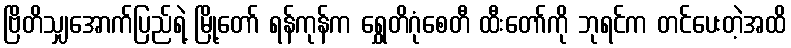
ဗြိတိသျှအောက်ပြည်ရဲ့ မြို့တော် ရန်ကုန်က ရွှေတိဂုံစေတီ ထီးတော်ကို ဘုရင်က တင်ပေးတဲ့အထိ